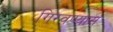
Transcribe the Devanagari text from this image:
गिरवण्यास